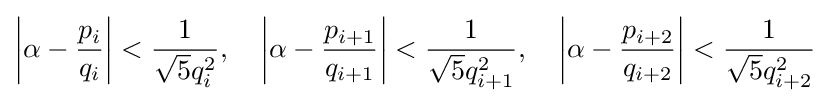
\left|\alpha -{p_{i} \over q_{i}}\right|<{1 \over {\sqrt {5}}q_{i}^{2}},\quad \left|\alpha -{p_{i+1} \over q_{i+1}}\right|<{1 \over {\sqrt {5}}q_{i+1}^{2}},\quad \left|\alpha -{p_{i+2} \over q_{i+2}}\right|<{1 \over {\sqrt {5}}q_{i+2}^{2}}